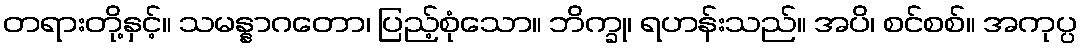
တရားတို့နှင့်။ သမန္နာဂတော၊ ပြည့်စုံသော။ ဘိက္ခု၊ ရဟန်းသည်။ အပိ၊ စင်စစ်။ အကုပ္ပ